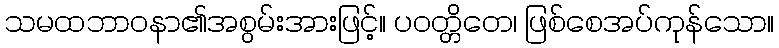
သမထဘာဝနာ၏အစွမ်းအားဖြင့်။ ပဝတ္တိတေ၊ ဖြစ်စေအပ်ကုန်သော။